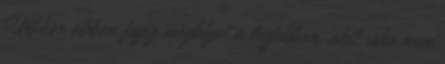
Mikor abban fogsz megbízni a legjobban, akit soha nem